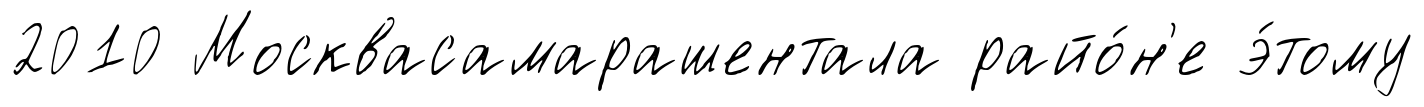
2010 Москвасамарашентала райо́н'е э́тому